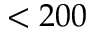
< 2 0 0